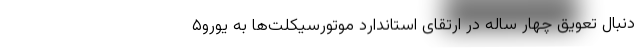
دنبال تعویق چهار ساله در ارتقای استاندارد موتورسیکلت‌ها به یورو۵